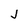
Character: j